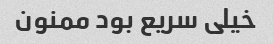
خیلی سریع بود ممنون